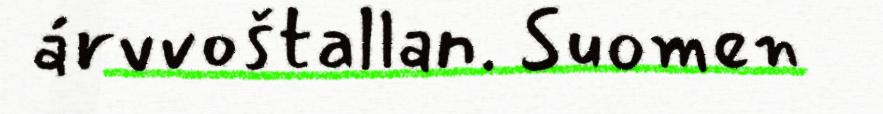
árvvoštallan. Suomen